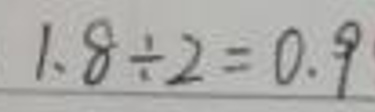
\[1.8\div2 = 0.9\]